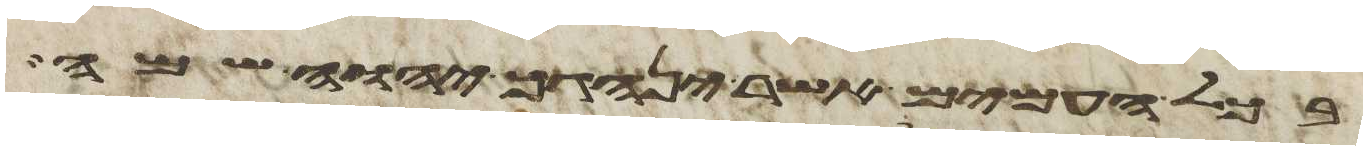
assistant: בכל העמים אשר ינהגך יהוה שמה